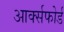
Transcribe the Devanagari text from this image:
आर्क्सफोर्ड